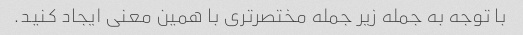
با توجه به جمله زیر جمله مختصرتری با همین معنی ایجاد کنید.